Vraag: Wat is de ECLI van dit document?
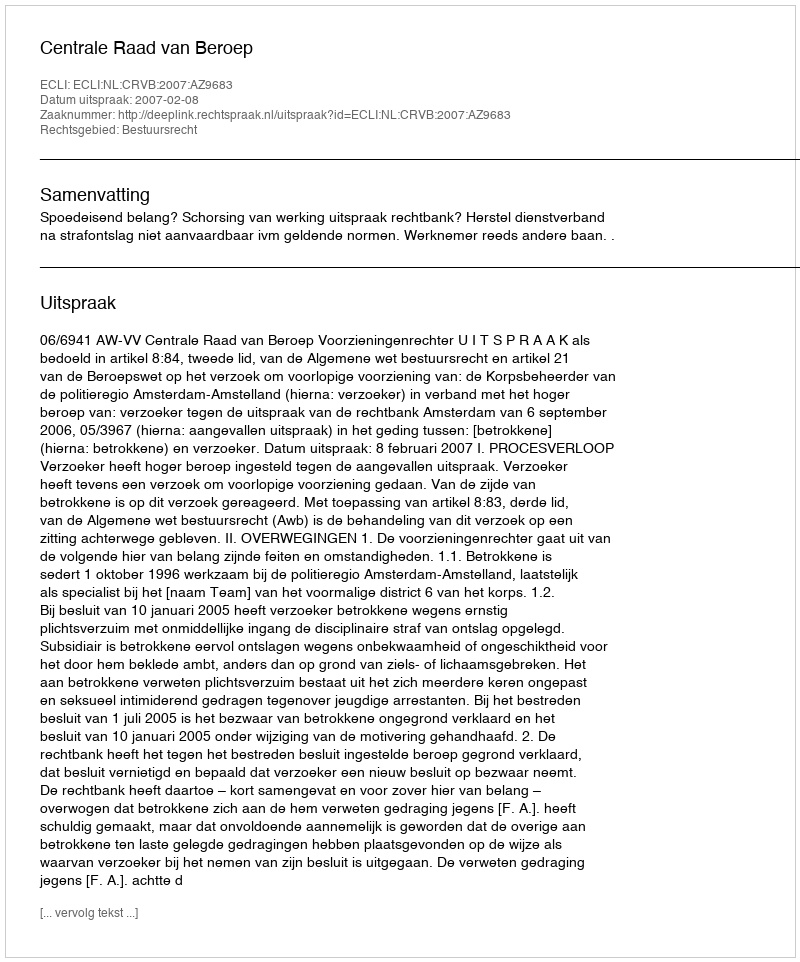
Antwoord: ECLI:NL:CRVB:2007:AZ9683